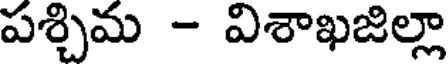
పశ్చిమ - విశాఖజిల్లా